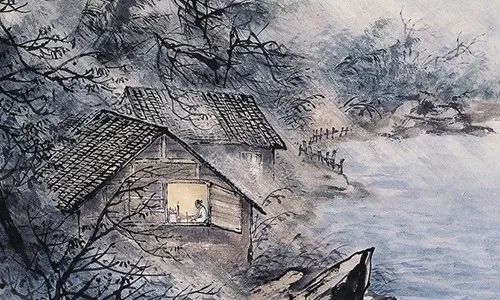
军听了军愁，民听了民怕。